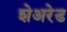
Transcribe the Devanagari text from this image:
शेअरेड